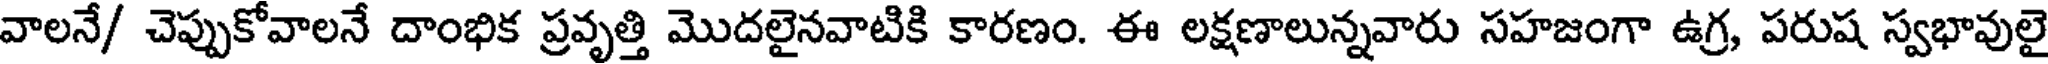
వాలనే/ చెప్పుకోవాలనే దాంభిక ప్రవృత్తి మొదలైనవాటికి కారణం. ఈ లక్షణాలున్నవారు సహజంగా ఉగ్ర, పరుష స్వభావులై